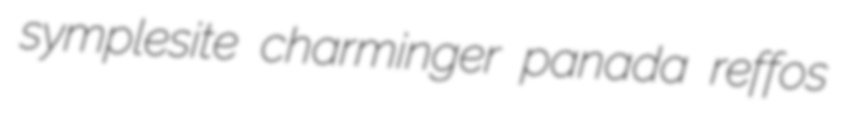
symplesite charminger panada reffos